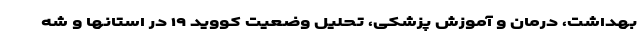
بهداشت، درمان و آموزش پزشکی، تحلیل وضعیت کووید ۱۹ در استانها و شه